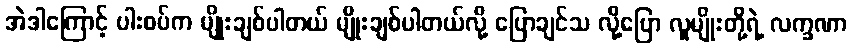
အဲဒါကြောင့် ပါးစပ်က မျိုးချစ်ပါတယ် မျိုးချစ်ပါတယ်လို့ ပြောချင်သ လို့ပြော လူမျိုးတို့ရဲ့ လက္ခဏာ